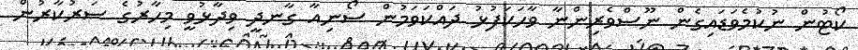
ކޯޓުން ނުކުމެވަޑައިގެން ނޫސްވެރިންނާ ވާހަކަފުޅު ދައްކަވަމުން ސޯނިއާ ގާނދީ ވިދާޅުވީ މިހާރުގެ ސަރުކާރުން